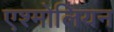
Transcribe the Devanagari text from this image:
एश्मोलियन